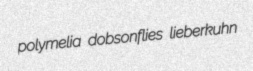
polymelia dobsonflies lieberkuhn